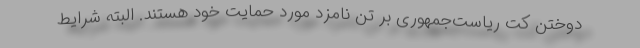
دوختن کت ریاست‌جمهوری بر تن نامزد مورد حمایت خود هستند. البته شرایط